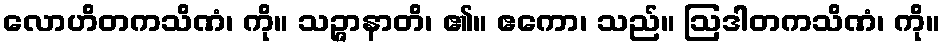
လောဟိတကသိဏံ၊ ကို။ သဉ္ဇာနာတိ၊ ၏။ ဧကော၊ သည်။ ဩဒါတကသိဏံ၊ ကို။